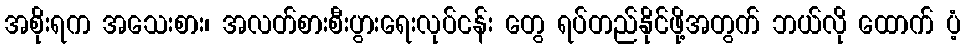
အစိုးရက အသေးစား၊ အလတ်စားစီးပွားရေးလုပ်ငန်း တွေ ရပ်တည်နိုင်ဖို့အတွက် ဘယ်လို ထောက် ပံ့